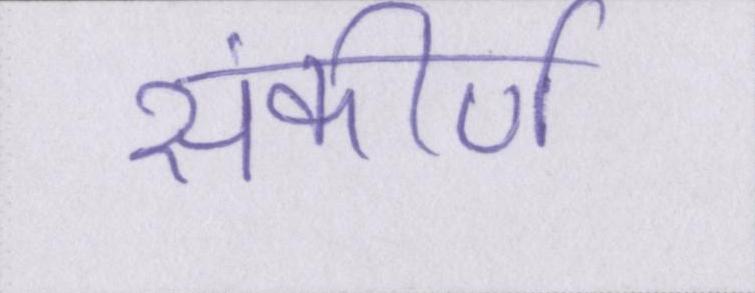
संकीर्ण